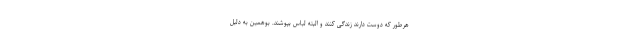
هرطور که دوست دارند زندگی کنند و البته لباس بپوشند. بوهمین به دلیل